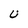
Character: U